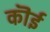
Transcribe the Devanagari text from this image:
कॊई